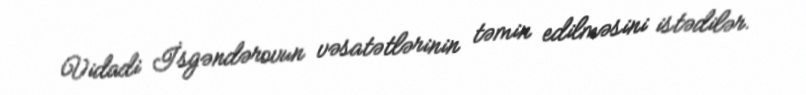
Vidadi İsgəndərovun vəsatətlərinin təmin edilməsini istədilər.